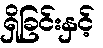
ရှိခြင်းနှင့်